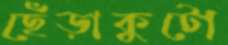
ছেঁড়াকুটো